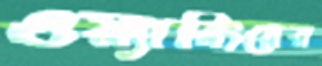
ওয়্যারিংয়ের